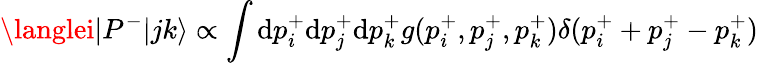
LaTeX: \langlei|P^{-}|jk\rangle\propto\int\mathrm{d}p_{i}^{+}\mathrm{d}p_{j}^{+}\mathrm{d}p_{k}^{+}g(p_{i}^{+},p_{j}^{+},p_{k}^{+})\delta(p_{i}^{+}+p_{j}^{+}-p_{k}^{+})